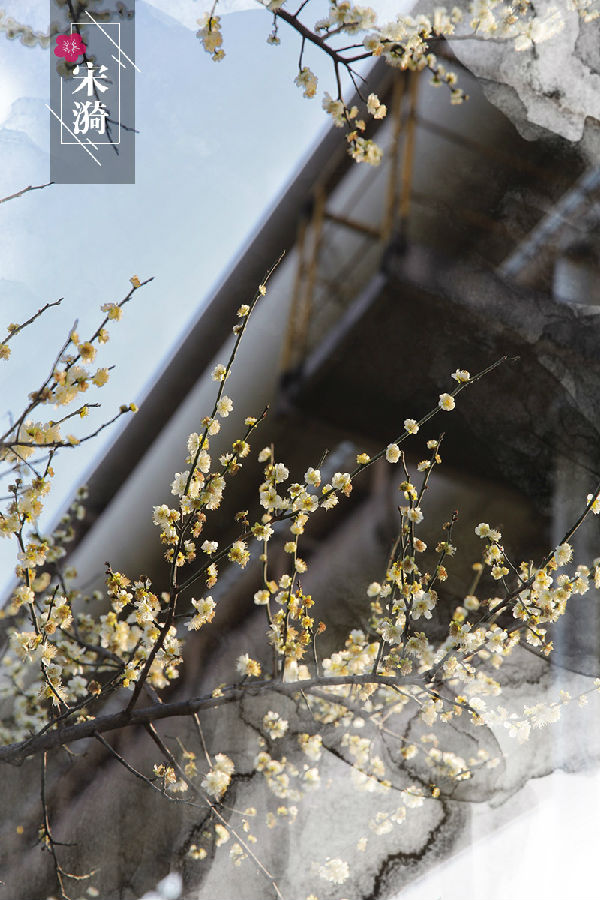
一晌凭栏人不见，鲛绡掩泪思量遍。